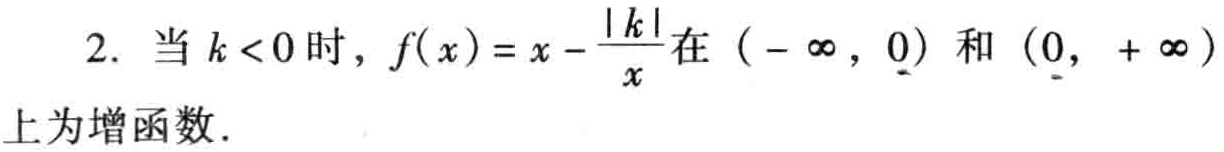
2. 当 \(k < 0\) 时，\(f(x)=x-\frac{|k|}{x}\) 在 \((-\infty,0)\) 和 \((0,+\infty)\) 上为增函数.